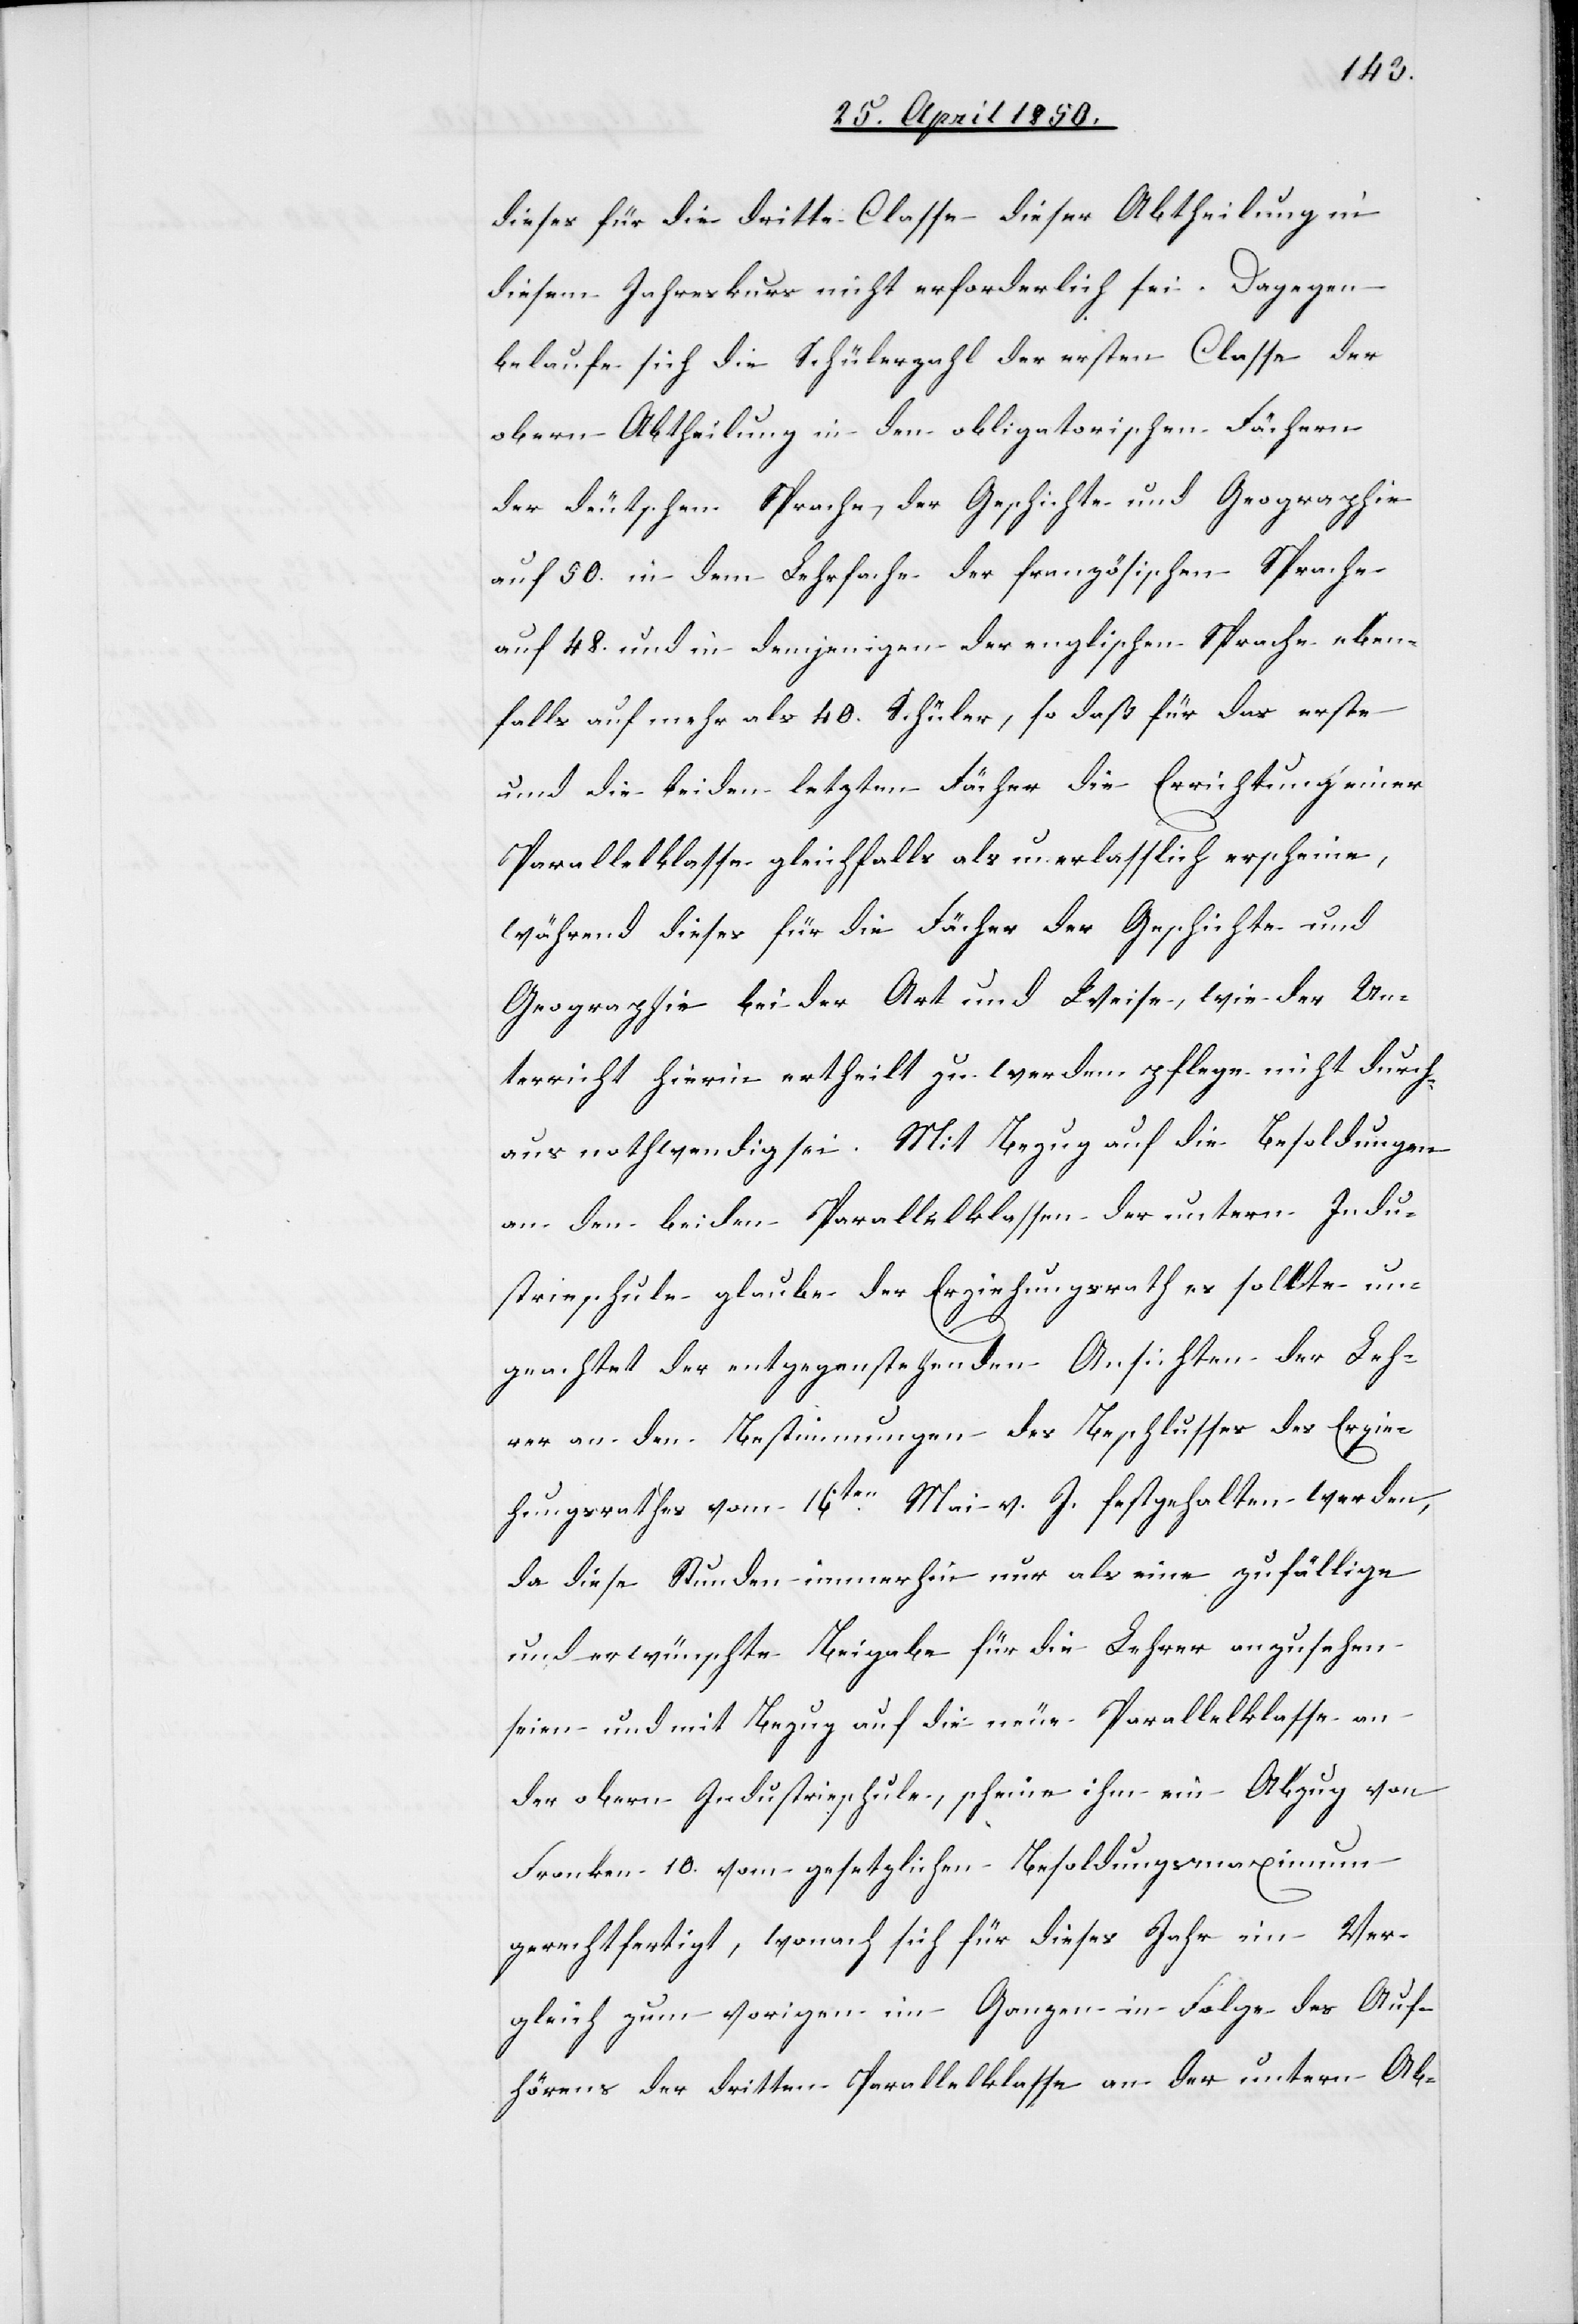
dieses für die dritte Classe dieser Abtheilung in
diesem Jahreskurs nicht erforderlich sei. Dagegen
belaufe sich die Schülerzahl der ersten Classe der
obern Abtheilung in den obligatorischen Fächern
der deutschen Sprache, der Geschichte und Geographie
auf 50. in dem Lehrfache der französischen Sprache
auf 48. und in demjenigen der englischen Sprache eben¬
falls auf mehr als 40. Schüler, so daß für das erste
und die beiden letzten Fächer die Errichtung einer
Parallelklasse gleichfalls als unerlasslich erscheine,
während dieses für die Fächer der Geschichte und
Geographie bei der Art und Weise, wie der Un¬
terricht hierin ertheilt zu werden pflege nicht durch¬
aus nothwendig sei. Mit Bezug auf die Besoldungen
an den beiden Parallelklassen der untern Indu¬
strieschule glaube der Erziehungsrath es sollte un¬
geachtet der entgegenstehenden Ansichten der Leh¬
rer an den Bestimmungen des Beschlusses des Erzie¬
hungsrathes vom 16ten Mai v. J. festgehalten werden,
da diese Stunden immerhin nur als eine zufällige
und erwünschte Beigabe für die Lehrer anzusehen
seien und mit Bezug auf die neue Parallelklasse an
der obern Industrieschule, scheine ihm ein Abzug von
Franken 10. vom gesetzlichen Besoldungsmaximum
gerechtfertigt, wonach sich für dieses Jahr im Ver¬
gleich zum vorigen im Ganzen in Folge des Auf¬
hörens der dritten Parallelklasse an der untern Ab-